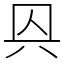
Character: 㒷